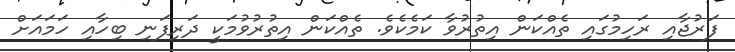
ފަރުޖާއި ރަހިމުގައި ތެއްކަން އިތުރުވާ ކަމެކެވެ. ތެއްކަން އިތުރުވުމަކީ ދަރިފަނި ބިހާއި ހަމައަށް